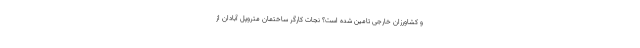
و کشاورزان خارجی تامین شده است؟ نجات کارگر ساختمان متروپل آبادان از